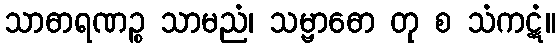
သာဓာရဏဉ္စ သာမညံ၊ သမ္ဗာဓော တု စ သံကဋံ။